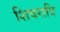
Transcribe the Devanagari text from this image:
शिवरात्रि